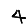
Digit: 4